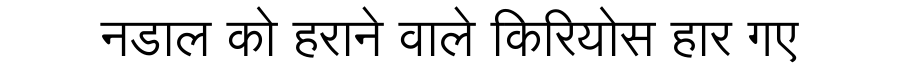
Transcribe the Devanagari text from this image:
नडाल को हराने वाले किरियोस हार गए